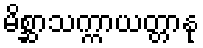
မိစ္ဆာသက္ကာယတ္တာနု